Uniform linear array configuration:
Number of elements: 8
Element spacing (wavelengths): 0.25
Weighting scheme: hamming
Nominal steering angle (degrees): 15
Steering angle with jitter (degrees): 16.636
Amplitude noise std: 0.05
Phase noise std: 0.05

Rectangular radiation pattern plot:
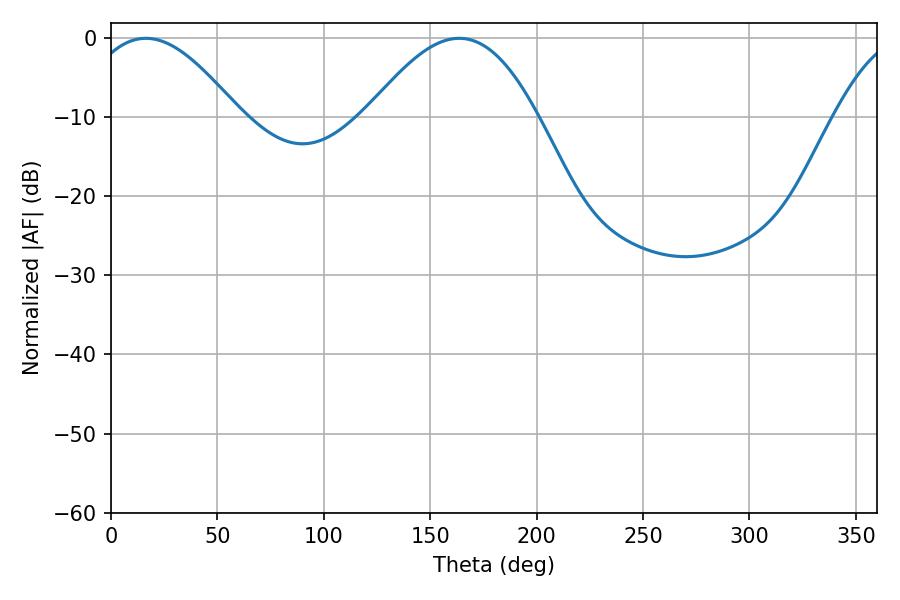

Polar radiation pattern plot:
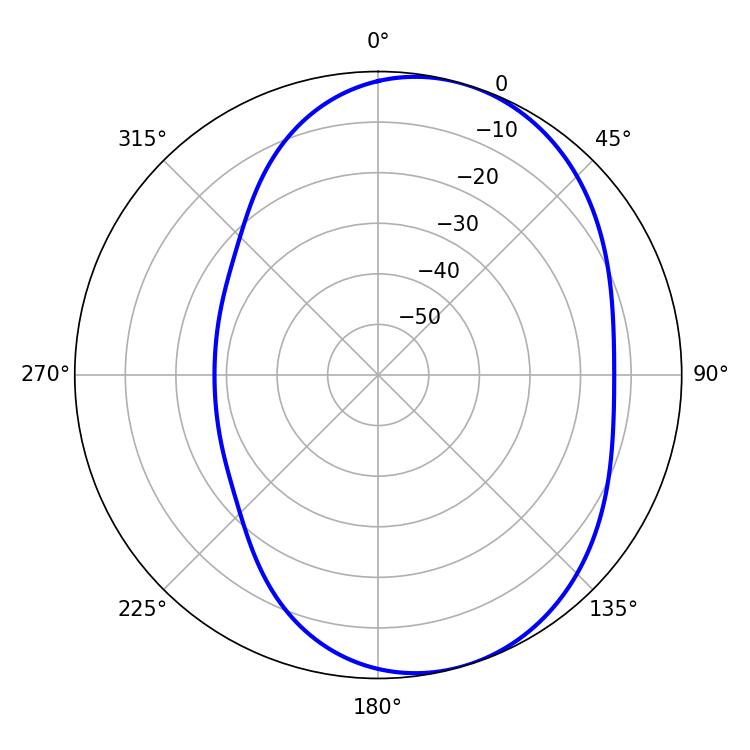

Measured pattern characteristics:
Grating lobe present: FALSE
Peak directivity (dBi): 5.728
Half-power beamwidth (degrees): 39.24
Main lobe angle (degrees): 16.38